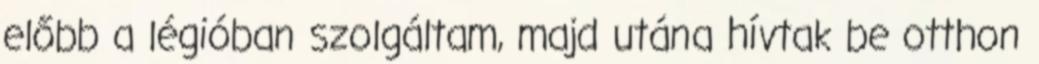
előbb a légióban szolgáltam, majd utána hívtak be otthon